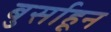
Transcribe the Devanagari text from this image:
बुर्साहून